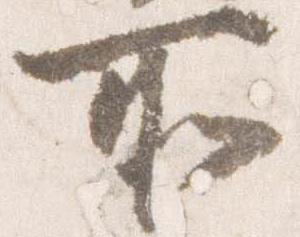
所